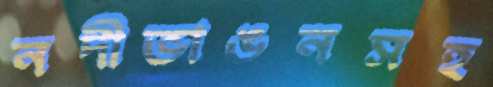
নদীভাঙনসহ